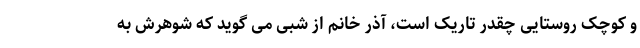
و کوچک روستایی چقدر تاریک است، آذر خانم از شبی می گوید که شوهرش به